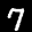
Label: 7